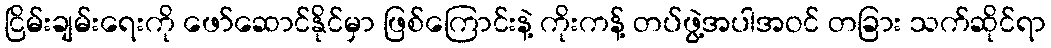
ငြိမ်းချမ်းရေးကို ဖော်ဆောင်နိုင်မှာ ဖြစ်ကြောင်းနဲ့ ကိုးကန့် တပ်ဖွဲ့အပါအဝင် တခြား သက်ဆိုင်ရာ